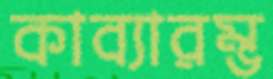
কাব্যারম্ভ